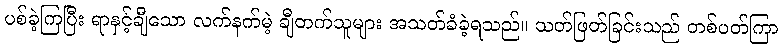
ပစ်ခဲ့ကြပြီး ရာနှင့်ချီသော လက်နက်မဲ့ ချီတက်သူများ အသတ်ခံခဲ့ရသည်။ သတ်ဖြတ်ခြင်းသည် တစ်ပတ်ကြာ